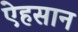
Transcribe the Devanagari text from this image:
ऐहसान